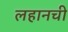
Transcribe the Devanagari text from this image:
लहानची